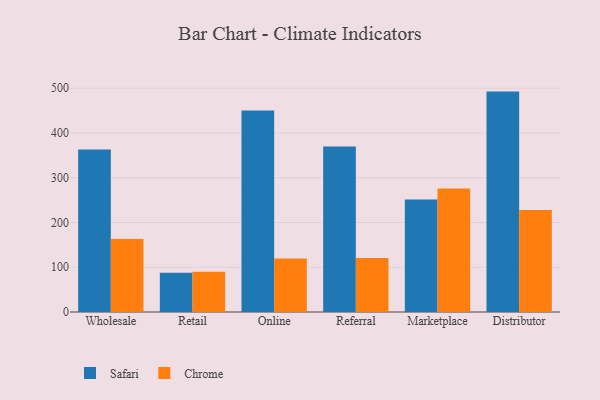
{"axis": {"x": "Channel", "y": "Active Users"}, "legend": ["Chrome", "Safari"], "data": [{"x": "Wholesale", "y": 363.2, "type": "Safari"}, {"x": "Wholesale", "y": 162.9, "type": "Chrome"}, {"x": "Retail", "y": 87.8, "type": "Safari"}, {"x": "Retail", "y": 89.7, "type": "Chrome"}, {"x": "Online", "y": 450.4, "type": "Safari"}, {"x": "Online", "y": 119.6, "type": "Chrome"}, {"x": "Referral", "y": 370.1, "type": "Safari"}, {"x": "Referral", "y": 120.4, "type": "Chrome"}, {"x": "Marketplace", "y": 251.4, "type": "Safari"}, {"x": "Marketplace", "y": 275.9, "type": "Chrome"}, {"x": "Distributor", "y": 492.5, "type": "Safari"}, {"x": "Distributor", "y": 227.9, "type": "Chrome"}]}